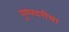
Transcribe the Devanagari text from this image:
पुष्पदरीचा